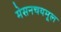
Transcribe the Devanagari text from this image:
मेसनचयमूल